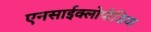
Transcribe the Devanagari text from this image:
एनसाईक्लोपीडिया